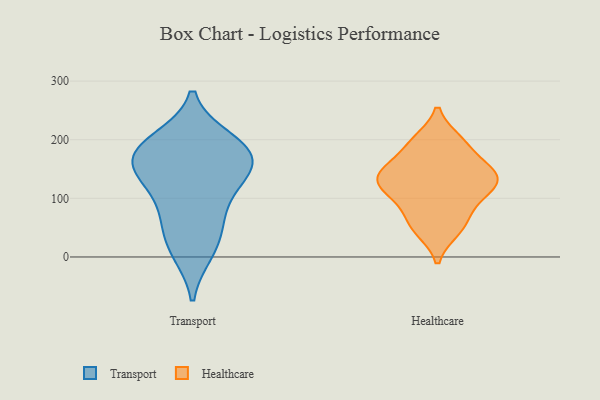
{"axis": {"x": "Satisfaction Score", "y": "Value"}, "legend": ["Healthcare", "Transport"], "data": [{"x": "", "y": 186, "type": "Transport"}, {"x": "", "y": 10, "type": "Transport"}, {"x": "", "y": 198, "type": "Transport"}, {"x": "", "y": 147, "type": "Transport"}, {"x": "", "y": 67, "type": "Transport"}, {"x": "", "y": 77, "type": "Transport"}, {"x": "", "y": 134, "type": "Transport"}, {"x": "", "y": 22, "type": "Transport"}, {"x": "", "y": 181, "type": "Transport"}, {"x": "", "y": 132, "type": "Transport"}, {"x": "", "y": 164, "type": "Transport"}, {"x": "", "y": 180, "type": "Transport"}, {"x": "", "y": 121, "type": "Healthcare"}, {"x": "", "y": 131, "type": "Healthcare"}, {"x": "", "y": 198, "type": "Healthcare"}, {"x": "", "y": 88, "type": "Healthcare"}, {"x": "", "y": 192, "type": "Healthcare"}, {"x": "", "y": 110, "type": "Healthcare"}, {"x": "", "y": 138, "type": "Healthcare"}, {"x": "", "y": 154, "type": "Healthcare"}, {"x": "", "y": 46, "type": "Healthcare"}, {"x": "", "y": 145, "type": "Healthcare"}, {"x": "", "y": 57, "type": "Healthcare"}]}